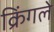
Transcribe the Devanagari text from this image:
क्रिंगले